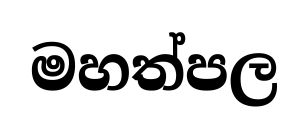
මහත්පල